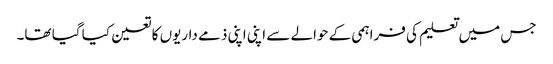
جس میں تعلیم کی فراہمی کے حوالے سے اپنی اپنی ذمے داریوں کا تعین کیا گیا تھا۔